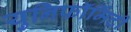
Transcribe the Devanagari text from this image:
युनिफॉर्मिटी